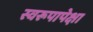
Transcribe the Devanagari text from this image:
स्वरूपापेक्षा